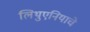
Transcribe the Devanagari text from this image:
लिथुएनियाचे